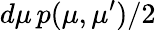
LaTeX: d\mu\, p(\mu,\mu^{\prime})/2